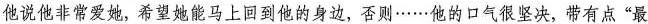
他说他非常爱她，希望她能马上回到他的身边，否则……他的口气很坚决，带有点”最